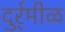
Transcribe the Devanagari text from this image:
दुर्र्मीळ